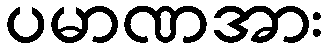
ပမာဏအား